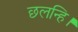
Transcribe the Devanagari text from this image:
छलन्हि।